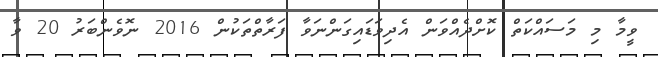
ވީމާ މި މަސައްކަތް ކޮށްދެއްވަން އެދިވަޑައިގަންނަވާ ފަރާތްތަކުން 2016 ނޮވެންބަރު 20 ވާ